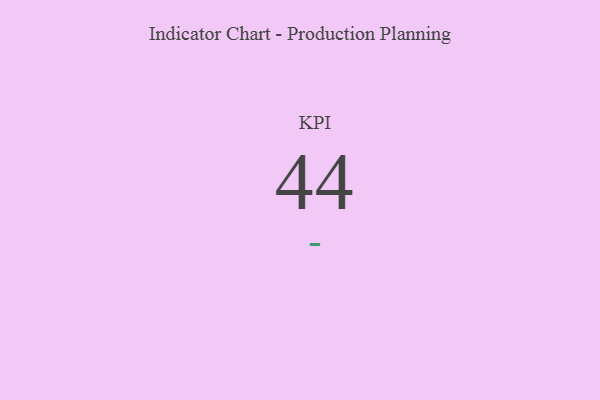
{"axis": {"x": "KPI", "y": "Value"}, "legend": [""], "data": [{"x": "KPI", "y": 44, "type": ""}]}